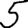
Digit: 5